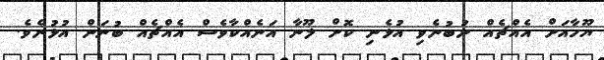
ޔޫހާއަށް އެއްޗެއް ނުބުނެވި އުޅެނި ކޮށް ލޫނާ އަނެއްކާވެސް އެއްޗެއް ބުނަން އުޅުނެވެ.